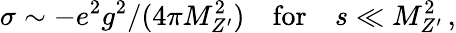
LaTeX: \sigma\sim-e^{2}g^{2}/(4\pi M_{Z^{\prime}}^{2})\quad\mathrm{for}\quad s\ll M_{Z^{\prime}}^{2}\, ,